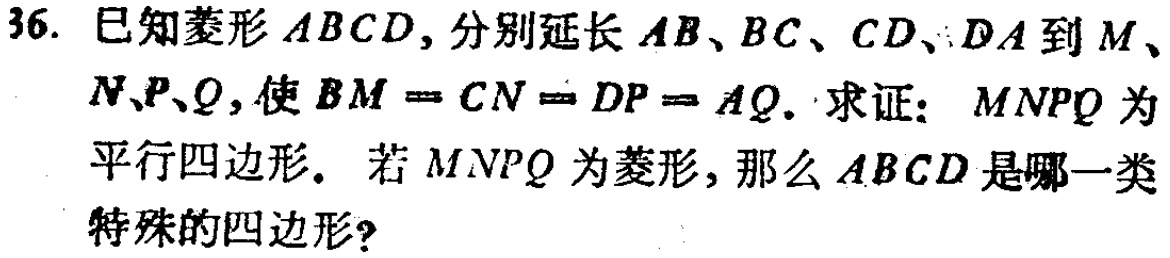
36. 已知菱形 \(ABCD\)，分别延长 \(AB\)、\(BC\)、\(CD\)、\(DA\) 到 \(M\)、\(N\)、\(P\)、\(Q\)，使 \(BM = CN = DP = AQ\). 求证：\(MNPQ\) 为平行四边形. 若 \(MNPQ\) 为菱形，那么 \(ABCD\) 是哪一类特殊的四边形?